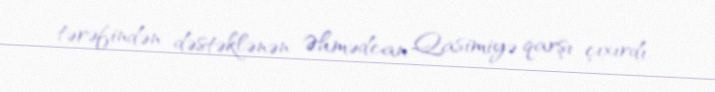
tərəfindən dəstəklənən Əhmədcan Qasimiyə qarşı çıxırdı.